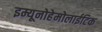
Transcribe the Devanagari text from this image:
इम्यूनोहेमोलाईटिक